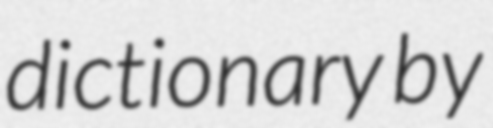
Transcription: dictionary by